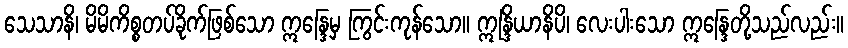
သေသာနိ၊ မိမိကိစ္စတပ်ခိုက်ဖြစ်သော ဣန္ဒြေမှ ကြွင်းကုန်သော။ ဣန္ဒြိယာနိပိ၊ လေးပါးသော ဣန္ဒြေတို့သည်လည်း။